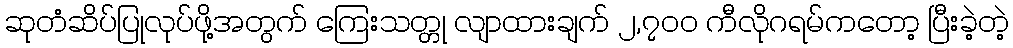
ဆုတံဆိပ်ပြုလုပ်ဖို့အတွက် ကြေးသတ္တု လျာထားချက် ၂,၇၀၀ ကီလိုဂရမ်ကတော့ ပြီးခဲ့တဲ့